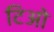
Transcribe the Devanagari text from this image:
टिओ